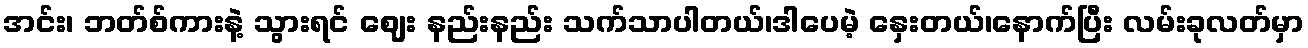
အင်း၊ ဘတ်စ်ကားနဲ့ သွားရင် ဈေး နည်းနည်း သက်သာပါတယ်၊ဒါပေမဲ့ နှေးတယ်၊နောက်ပြီး လမ်းခုလတ်မှာ